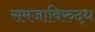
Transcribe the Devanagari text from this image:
समजाविरुद्ध